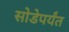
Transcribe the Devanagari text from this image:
सोडेपर्यंत